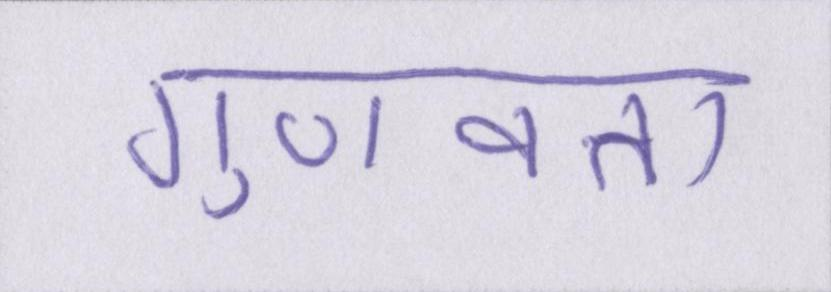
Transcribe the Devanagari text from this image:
गुणवत्ता